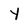
Character: Y